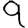
Digit: 9